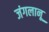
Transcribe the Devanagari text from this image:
जंगलानू